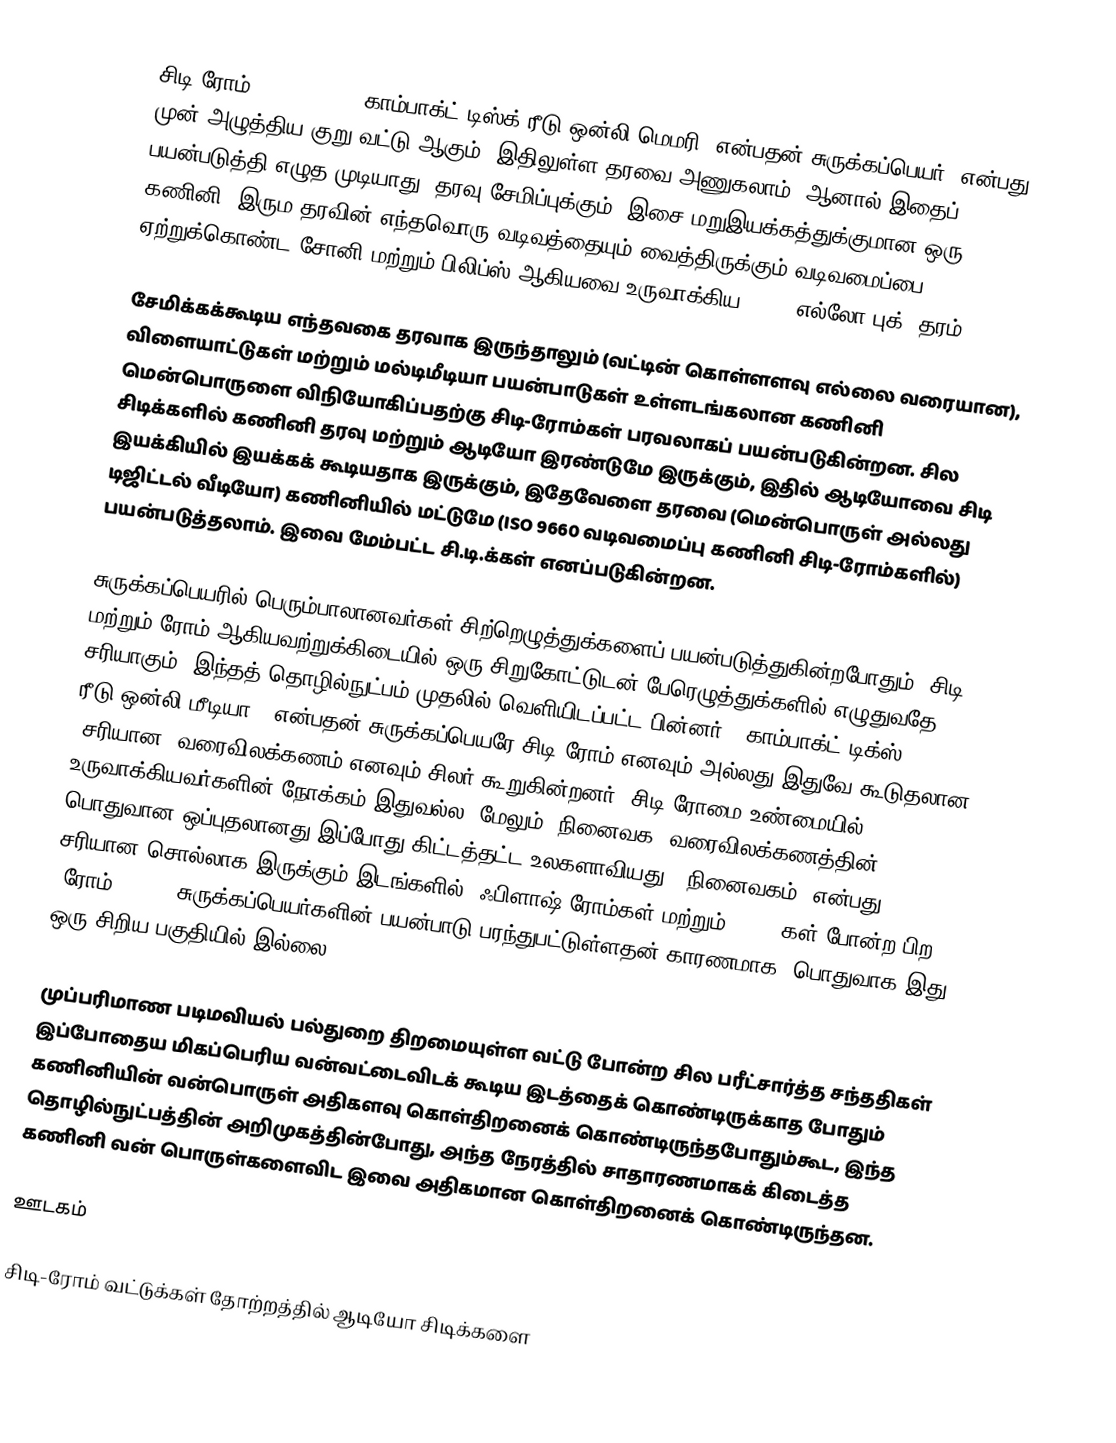
சிடி-ரோம் (CD-ROM)  (, "காம்பாக்ட் டிஸ்க் ரீடு-ஒன்லி மெமரி" என்பதன் சுருக்கப்பெயர்) என்பது முன்-அழுத்திய குறு வட்டு ஆகும். இதிலுள்ள தரவை அணுகலாம், ஆனால் இதைப் பயன்படுத்தி எழுத முடியாது, தரவு சேமிப்புக்கும், இசை மறுஇயக்கத்துக்குமான ஒரு கணினி, இரும தரவின் எந்தவொரு வடிவத்தையும் வைத்திருக்கும் வடிவமைப்பை ஏற்றுக்கொண்ட சோனி மற்றும் பிலிப்ஸ் ஆகியவை உருவாக்கிய 1985 “எல்லோ புக்” தரம்.

சேமிக்கக்கூடிய எந்தவகை தரவாக இருந்தாலும் (வட்டின் கொள்ளளவு எல்லை வரையான), விளையாட்டுகள் மற்றும் மல்டிமீடியா பயன்பாடுகள் உள்ளடங்கலான கணினி மென்பொருளை விநியோகிப்பதற்கு சிடி-ரோம்கள் பரவலாகப் பயன்படுகின்றன. சில சிடிக்களில் கணினி தரவு மற்றும் ஆடியோ இரண்டுமே இருக்கும், இதில் ஆடியோவை சிடி இயக்கியில் இயக்கக் கூடியதாக இருக்கும், இதேவேளை தரவை (மென்பொருள் அல்லது டிஜிட்டல் வீடியோ) கணினியில் மட்டுமே (ISO 9660 வடிவமைப்பு கணினி சிடி-ரோம்களில்) பயன்படுத்தலாம். இவை மேம்பட்ட சி.டி.க்கள் எனப்படுகின்றன.

சுருக்கப்பெயரில் பெரும்பாலானவர்கள் சிற்றெழுத்துக்களைப் பயன்படுத்துகின்றபோதும், சிடி மற்றும் ரோம் ஆகியவற்றுக்கிடையில் ஒரு சிறுகோட்டுடன் பேரெழுத்துக்களில் எழுதுவதே சரியாகும். இந்தத் தொழில்நுட்பம் முதலில் வெளியிடப்பட்ட பின்னர், "காம்பாக்ட் டிக்ஸ் ரீடு-ஒன்லி-மீடியா " என்பதன் சுருக்கப்பெயரே சிடி-ரோம் எனவும் அல்லது இதுவே கூடுதலான "சரியான" வரைவிலக்கணம் எனவும் சிலர் கூறுகின்றனர். சிடி-ரோமை உண்மையில் உருவாக்கியவர்களின் நோக்கம் இதுவல்ல. மேலும் "நினைவக" வரைவிலக்கணத்தின் பொதுவான ஒப்புதலானது இப்போது கிட்டத்தட்ட உலகளாவியது. "நினைவகம்" என்பது சரியான சொல்லாக இருக்கும் இடங்களில், ஃபிளாஷ் ரோம்கள் மற்றும் EEPROMகள் போன்ற பிற "ரோம் (ROM)" சுருக்கப்பெயர்களின் பயன்பாடு பரந்துபட்டுள்ளதன் காரணமாக, பொதுவாக இது ஒரு சிறிய பகுதியில் இல்லை.

முப்பரிமாண படிமவியல் பல்துறை திறமையுள்ள வட்டு போன்ற சில பரீட்சார்த்த சந்ததிகள் இப்போதைய மிகப்பெரிய வன்வட்டைவிடக் கூடிய இடத்தைக் கொண்டிருக்காத போதும் கணினியின் வன்பொருள் அதிகளவு கொள்திறனைக் கொண்டிருந்தபோதும்கூட, இந்த தொழில்நுட்பத்தின் அறிமுகத்தின்போது, அந்த நேரத்தில் சாதாரணமாகக் கிடைத்த கணினி வன் பொருள்களைவிட இவை அதிகமான கொள்திறனைக் கொண்டிருந்தன.

ஊடகம்

சிடி-ரோம் வட்டுக்கள் தோற்றத்தில் ஆடியோ சிடிக்களை